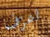
اعزف